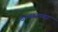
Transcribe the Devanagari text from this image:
डान्सरच्या